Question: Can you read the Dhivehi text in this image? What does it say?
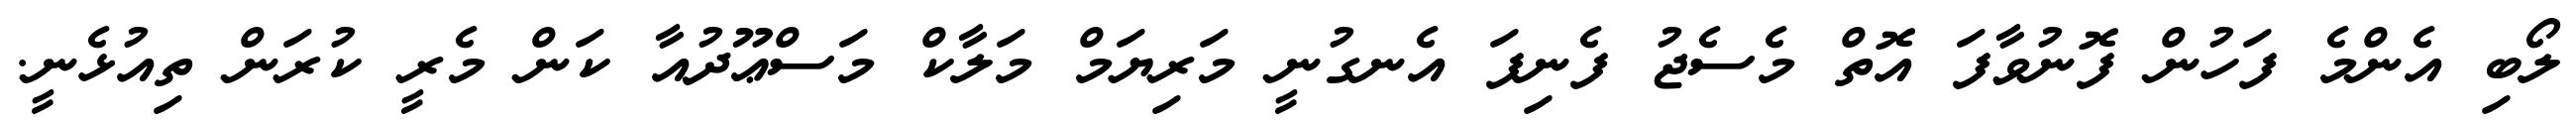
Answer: ލޯބި އެންމެ ފަހުން ފޮނުވާފަ އޮތް މެސެޖު ފެނިފަ އެނގުނީ މަރިޔަމް މަލާކް މަސްޢޫދުއާ ކަން މެރީ ކުރަން ތިއުޅެނީ.